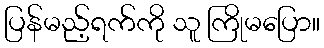
ပြန်မည့်ရက်ကို သူ ကြိုမပြော။